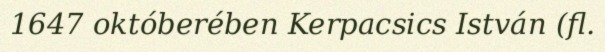
1647 októberében Kerpacsics István (fl.